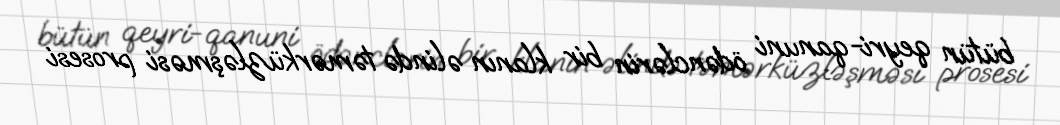
bütün qeyri-qanuni ödənclərin bir klanın əlində təmərküzləşməsi prosesi